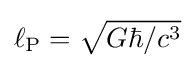
\ell _{\text{P}}={\sqrt {G\hbar /c^{3}}}